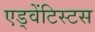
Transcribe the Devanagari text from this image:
एड्वेंटिस्टस